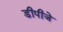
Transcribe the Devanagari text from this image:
डीपीजे